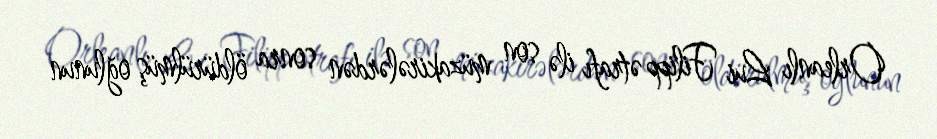
Orleanlı Lui Filipp ətrafı ilə son müzakirələrdən sonra öldürülmüş oğlunun